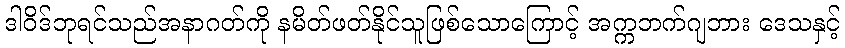
ဒါဝိဒ်ဘုရင်သည်အနာဂတ်ကို နမိတ်ဖတ်နိုင်သူဖြစ်သောကြောင့် အက္ကဘက်ဂျဘား ဒေသနှင့်